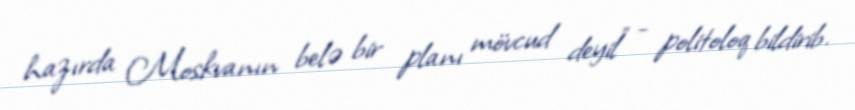
hazırda Moskvanın belə bir planı mövcud deyil” - politoloq bildirib.